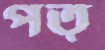
পত্